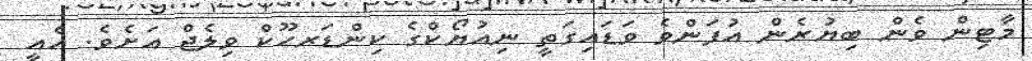
މާޓިން ވެން ބިޔުރެން އުފަންވެ ވަޑައިގަތީ ނިއުޔޯކްގެ ކިންޑަރހޫކް ވިލެޖް އަށެވެ. އެއީ